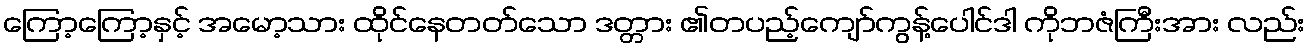
ကြော့ကြော့နှင့် အမော့သား ထိုင်နေတတ်သော ဒတ္တား ၏တပည့်ကျော်ကွန့်ပေါင်ဒါ ကိုဘဇံကြီးအား လည်း